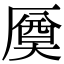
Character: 𠪝